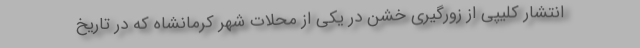
انتشار کلیپی از زورگیری خشن در یکی از محلات شهر کرمانشاه که در تاریخ